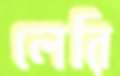
লেরি